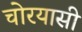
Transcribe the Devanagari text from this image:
चोरयासी